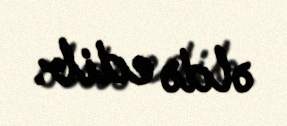
əldə edib.